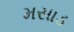
મસાડ